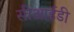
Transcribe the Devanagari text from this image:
सीआई़डी